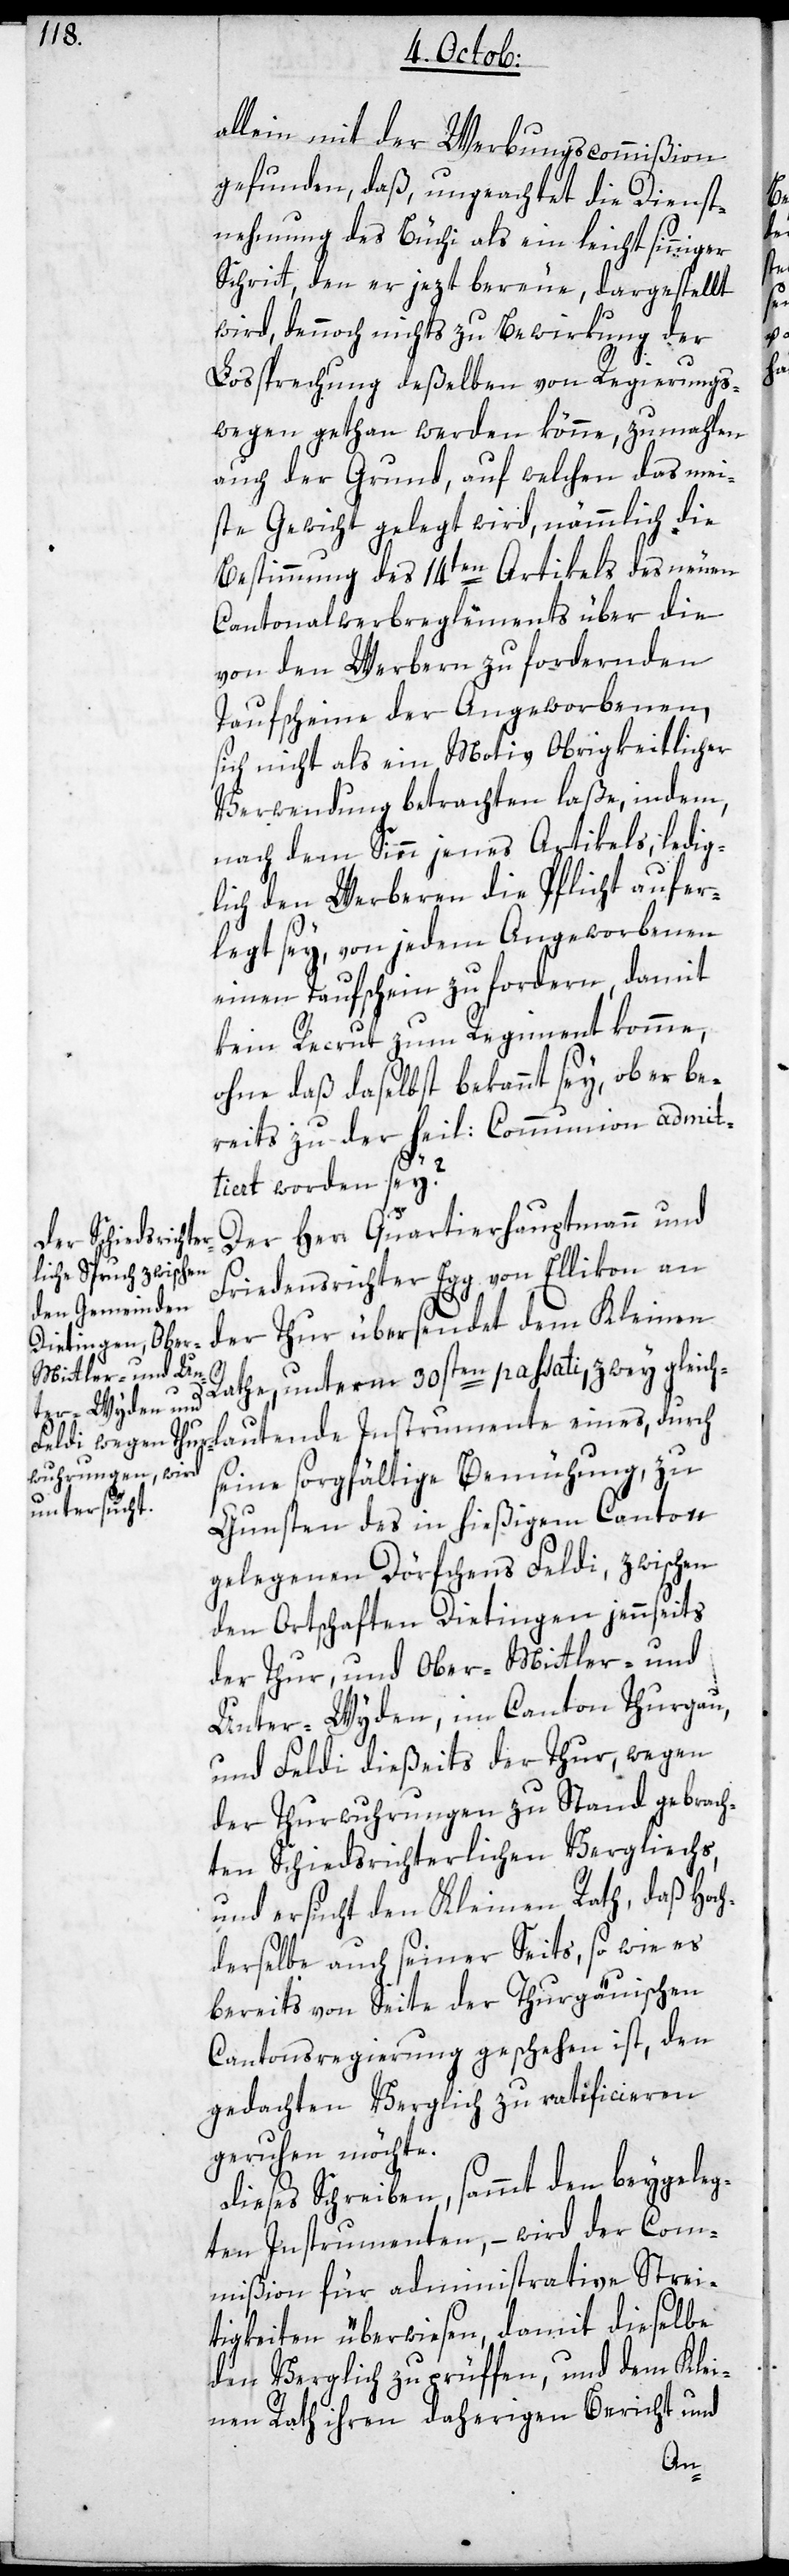
allein mit der Werbungscommißion
gefunden, daß ungeachtet die Dienst¬
nehmung des Büchi als ein leichtsinniger
Schritt, den er jezt bereue, dargestellt
wird, dennoch nichts zu Bewirkung der
Lossprechung deßelben von Regierungs¬
wegen gethan werden könne, zumahlen
auch der Grund, auf welchen das mei¬
ste Gewicht gelegt wird, nämmlich die
Bestimmung des 14ten Artikels des neuen
Cantonalwerbreglements über die
von den Werbern zu fordernden
Taufscheine der Angeworbenen,
sich nicht als ein Motiv Obrigkeitlicher
Verwendung betrachten laße, indem
nach dem Sinn jenes Artikels, ledig¬
lich den Werberen die Pflicht aufer¬
legt sey, von jedem Angeworbenen
einen Taufschein zu fordern, damit
kein Recrut zum Regiment komme,
ohne daß daselbst bekannt sey, ob er be¬
reits zu der heil: Commmunion admit¬
tiert worden sey?
Der Herr Quartierhauptmann und
Friedensrichter Egg von Ellikon an
der Thur übersendet dem Kleinen
Rathe, unterm 30sten passati, zwey gleich¬
lautende Instrumente eines, durch
seine sorgfältige Bemühung, zu
Gunsten des in hießigem Canton
gelegenen Dörfchens Feldi, zwischen
den Ortschaften Dietingen jennseits
der Thur, und Ober-, Mittler- und
Unter-Wyden, im Canton Thurgau,
und Feldi dießeits der Thur, wegen
der Thurwuhrungen zu Stand gebrach¬
ten Schiedsrichterlichen Vergliechs,
und ersucht den Kleinen Rath, daß Hoch¬
derselbe auch seiner seits, so wie es
bereits von Seite der thurgauischen
Cantonsregierung geschehen ist, den
gedachten Verglich zu ratifcieren
geruhen möchte.
Dieses Schreiben, sammt den beygeleg¬
ten Instrumenten, – wird der Com¬
mißion für administrative Strei¬
tigkeiten überwiesen, damit dieselbe
den Verglich zu prüffen und dem Klei¬
nen Rath ihren daherigen Bericht und